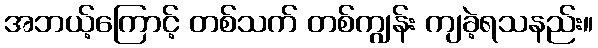
အဘယ့်ကြောင့် တစ်သက် တစ်ကျွန်း ကျခဲ့ရသနည်း။